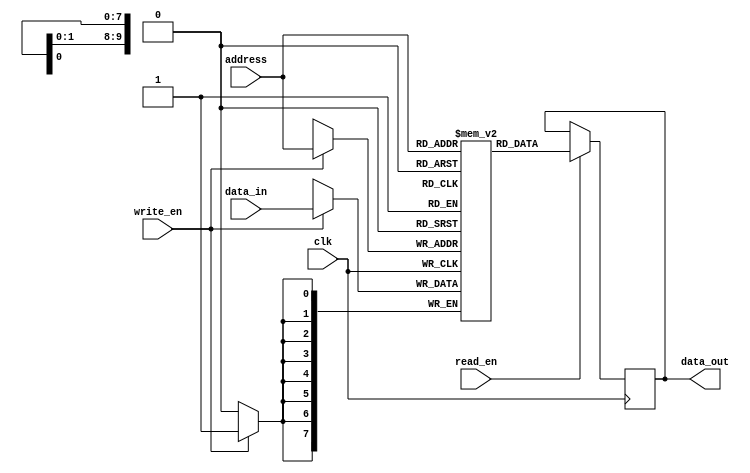
module dual_port_ram (
    input wire clk,
    input wire read_en,
    input wire write_en,
    input wire [9:0] address,
    input wire [7:0] data_in,
    output reg [7:0] data_out
);

reg [7:0] memory [0:1023];

always @(posedge clk) begin
    if (read_en)
        data_out <= memory[address];
        
    if (write_en)
        memory[address] <= data_in;
end

endmodule